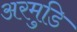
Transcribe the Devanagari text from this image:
अरमुडि